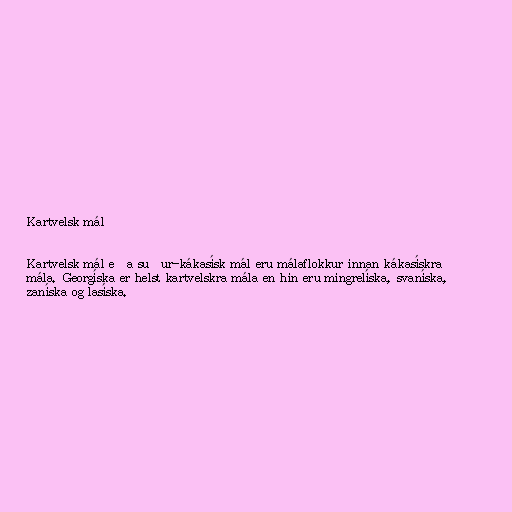
Kartvelsk mál

Kartvelsk mál eða suður-kákasísk mál eru málaflokkur innan kákasískra
mála. Georgíska er helst kartvelskra mála en hin eru mingrelíska, svaníska,
zaníska og lasíska.